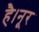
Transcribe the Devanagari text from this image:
है।नूर